Lunatic asylums Madras 1877-1891 - 1877-1891
Year: 1877
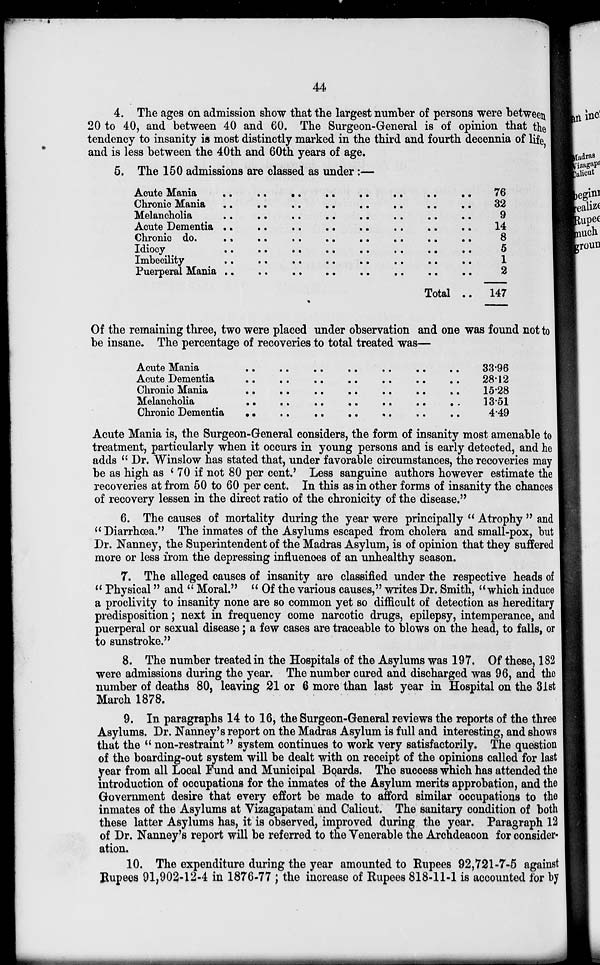
44
4. The ages on admission show that the largest number of persons were between
20 to 40, and between 40 and 60. The Surgeon-General is of opinion that the
tendency to insanity is most distinctly marked in the third and fourth decennia of life,
and is less between the 40th and 60th years of age.
5. The 150 admissions are classed as under:—
Actue Mania .. .. .. .. .. .. .. ..
Chronic Mania .. .. .. .. .. .. .. ..
Melancholia .. .. .. .. .. .. .. ..
Acute Dementia .. .. .. .. .. .. .. .. ..
Chronic do. .. .. .. .. .. .. .. ..
Imbecility
..
..
..
..
..
..
..
..
..
Puerperal Mania .. .. .. .. .. .. .. ..
Total ..
76
32
9
14
8
5
1
2
147
Of the remaining three, two were placed under observation and one was found not to
be insane. The percentage of recoveries to total treated was—
Actue Mania .. .. .. .. .. .. ..
Actue Dementia .. .. .. .. .. .. ..
Chronic Mania .. .. .. .. .. .. ..
Melancholia .. .. .. .. .. .. ..
Chronic Dementia .. .. .. .. .. .. ..
33.96
28.12
15.28
13.51
4.49
Acute Mania is, the Surgeon-General considers, the form of insanity most amenable to
treatment, particularly when it occurs in young persons and is early detected, and he
adds "Dr. Winslow has stated that, under favorable circumstances, the recoveries may
be as high as '70 if not 80 per cent.' Less sanguine authors however estimate the
recoveries at from 50 to 60 per cent. In this as in other forms of insanity the chances
of recovery lessen in the direct ratio of the chronicity of the disease."
6. The causes of mortality during the year were principally "Atrophy " and
"Diarrhœa." The inmates of the Asylums escaped from cholera and small-pox, but
Dr. Nanney, the Superintendent of the Madras Asylum, is of opinion that they suffered
more or less from the depressing influences of an unhealthy season.
7. The alleged causes of insanity are classified under the respective heads of
"Physical" and "Moral." "Of the various causes," writes Dr. Smith, "which induce
a proclivity to insanity none are so common yet so difficult of detection as hereditary
predisposition; next in frequency come narcotic drugs, epilepsy, intemperance, and
puerperal or sexual disease; a few cases are traceable to blows on the head, to falls, or
to sunstroke."
8. The number treated in the Hospitals of the Asylums was 197. Of these, 182
were admissions during the year. The number cured and discharged was 96, and the
number of deaths 80, leaving 21 or 6 more than last year in Hospital on the 31st
March 1878.
9. In paragraphs 14 to 16, the Surgeon-General reviews the reports of the three
Asylums. Dr. Nanney's report on the Madras Asylum is full and interesting, and shows
that the "non-restraint" system continues to work very satisfactorily. The question
of the boarding-out system will be dealt with on receipt of the opinions called for last
year from all Local Fund and Municipal Boards. The success which has attended the
introduction of occupations for the inmates of the Asylum merits approbation, and the
Government desire that every effort be made to afford similar occupations to the
inmates of the Asylums at Vizagapatam and Calicut. The sanitary condition of both
these latter Asylums has, it is observed, improved during the year. Paragraph 12
of Dr. Nanney's report will be referred to the Venerable the Archdeacon for consider-
ation.
10. The expenditure during the year amounted to Rupees 92,721-7-5 against
Rupees 91,902-12-4 in 1876-77 ; the increase of Rupees 818-11-1 is accounted for by